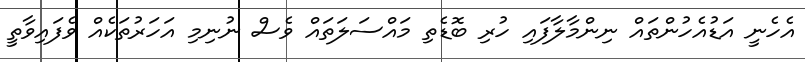
އެހެނީ އަޑުއެހުންތައް ނިންމާލާފައި ހުރި ބޮޑެތި މައްސަލަތައް ވެސް ނުނިމި އަހަރުތަކެއް ވެފައިވާތީ